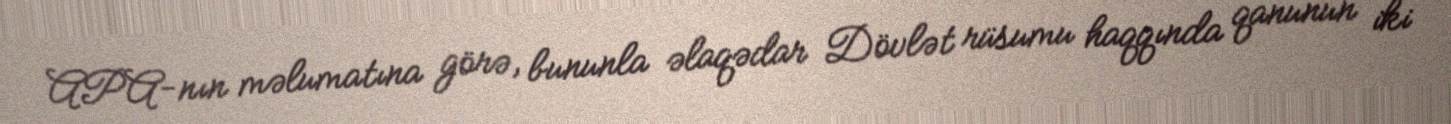
APA-nın məlumatına görə, bununla əlaqədar Dövlət rüsumu haqqında qanunun iki